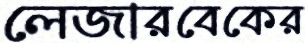
লেজারবেকের